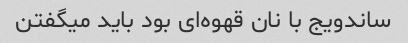
ساندویج با نان قهوه‌ای بود باید میگفتن